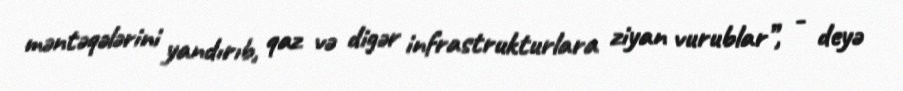
məntəqələrini yandırıb, qaz və digər infrastrukturlara ziyan vurublar”, - deyə